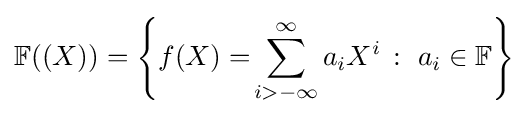
\mathbb {F} ((X))=\left\{f(X)=\!\sum _{i>-\infty }^{\infty }a_{i}X^{i}\,:\ a_{i}\in \mathbb {F} \right\}